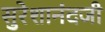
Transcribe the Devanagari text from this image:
सुरेशानंदजी